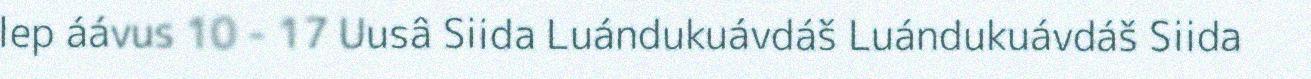
lep áávus 10 - 17 Uusâ Siida Luándukuávdáš Luándukuávdáš Siida